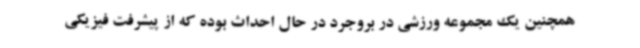
همچنین یک مجموعه ورزشی در بروجرد در حال احداث بوده که از پیشرفت فیزیکی